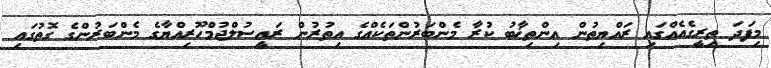
މިފަދަ ތިރީގެއެއްގައި ރައްޔިތުން އިންތިޚާބު ކުރާ މެންބަރުންތަކެއްގެ އިތުރުން ރައީސުލްޖުމްހޫރިއްޔާގެ މެންބަރުންގެ ގޮތުގައި